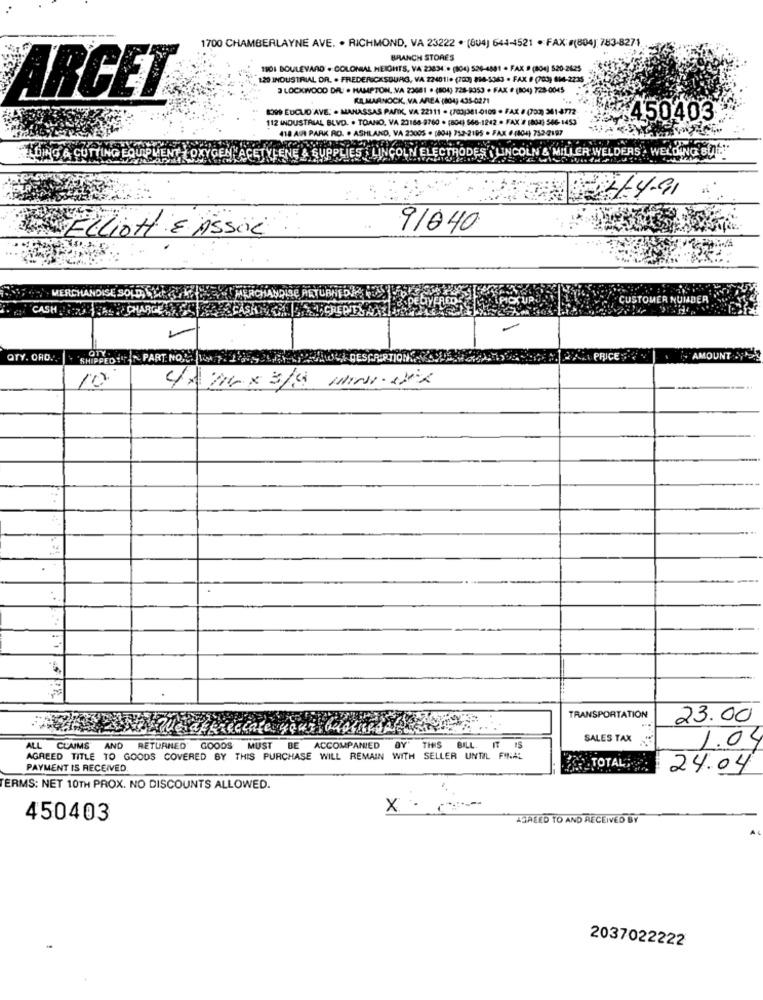
1700 CHAMBERLAYNE AVE. . RICHMOND, VA 23222 . (804) 644-4521 · FAX: #(804) 783-8271
BRANCH STORES
1101 BOULEVARD . COLONIAL HEIGHTS, VA 23834 .. (804) 526-4881 . FAX . (804) 520-2625
120 INDUSTRIAL OR. . FREDERICKSBURG, VA 224011+ (700) 818-5063 - FAX 9 (700) 614-2235
3 LOCKWOOD DR . HAMPTON, VA 23061 · (804) 728-8353 · FAX · (804) 728-0045
IRCET
KILMARNOCK, VA AREA (804) 435-0271
8399 EUCUD AVE. . MANASSAS PASIK, VA 22111 + (703/381 0109 · FAX #(700) 3414772-
112 INDUSTRIAL BLVD. . TOANO, VA 23168-8760 . (804) 566-1242 · FAX # (804) 546- 1453
450403
418 AR PARK RO. . ASHLAND, VA 23005 . (804) 752-2195 · FAX 6 (804) 752-2197
LINCOLN ELECTRODES (LINCOLN'&'MILLER WELDERS! WELDING BLE."
UPPE
EN24491
91640
WELLiOH E ASSOL
MERCHANDISE SOLD, SALAT
CUSTOMER NUMBER :
CASH !:
QTY. ORD.',
SHIPPED IT ~ PART NO KON 7: 1955
DESCRIPTION
PRICE
AMOUNT .Y
10
TRANSPORTATION
23.00
DY
SALES TAX
1.04
ALL
CLAIMS AND RETURNED GOODS MUST
BE
ACCOMPANIED
THIS
BILL
18
AGREED TITLE TO GOODS COVERED BY THIS PURCHASE WILL REMAIN WITH SELLER UNTIL FINAL
PAYMENT IS RECEIVED.
TOTAL
24.04
TERMS: NET 10TH PROX. NO DISCOUNTS ALLOWED.
..
X - ****--
450403
AJALED TO AND RECEIVED BY
2037022222